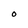
Character: 0